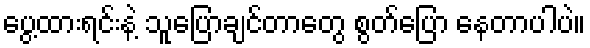
ပွေ့ထားရင်းနဲ့ သူပြောချင်တာတွေ စွတ်ပြော နေတာပါပဲ။